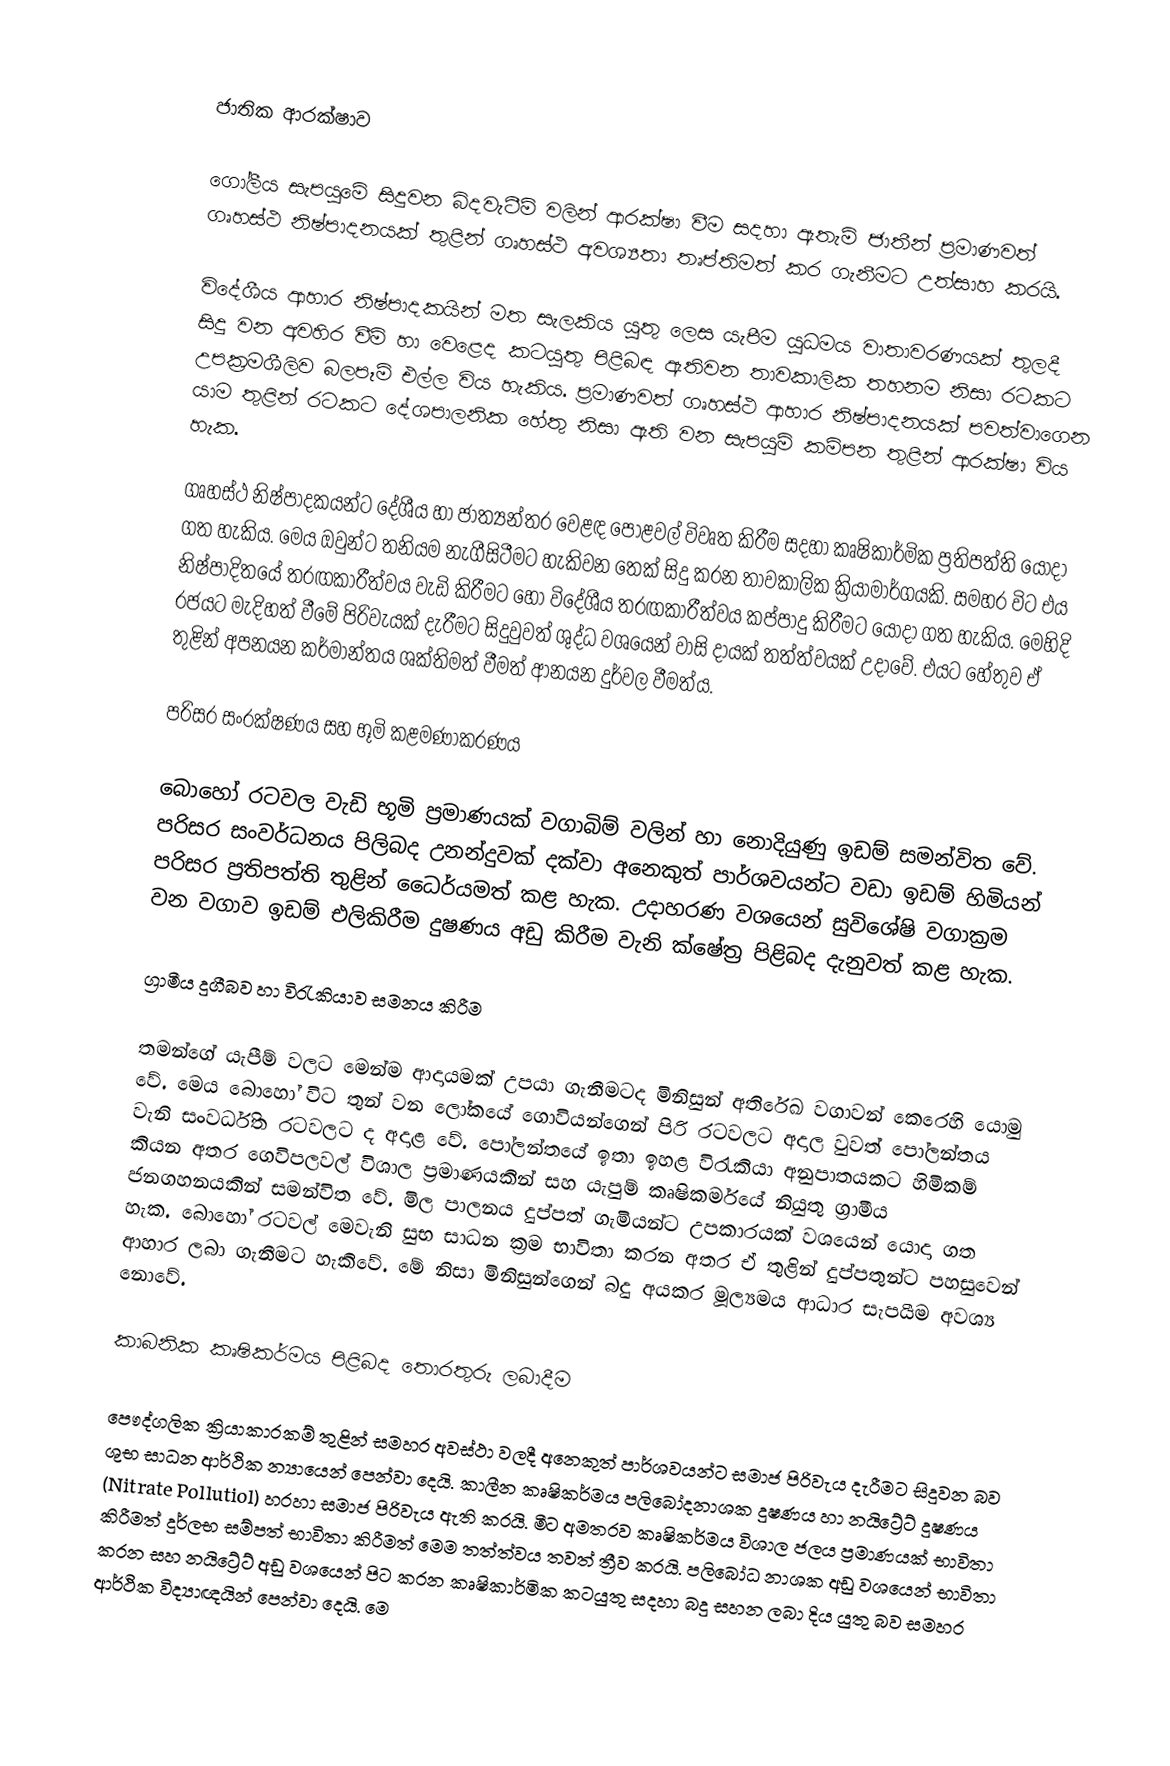

ජාතික ආරක්ෂාව

ගෝලීය සැපයුමේ සිදුවන බිදවැටීම් වලින් ආරක්ෂා වීම සදහා ඇතැම් ජාතීන් ප්‍රමාණවත් ගෘහස්ථ නිෂ්පාදනයක් තුළින් ගෘහස්ථ අවශ්‍යතා තෘප්තිමත් කර ගැනීමට උත්සාහ කරයි.

විදේශීය ආහාර නිෂ්පාදකයින් මත සැලකිය යුතු ලෙස යැපීම යුධමය වාතාවරණයක් තුලදී සිදු වන අවහිර වීම් හා වෙළෙද කටයුතු පිළිබඳ ඇතිවන තාවකාලික තහනම නිසා රටකට උපක්‍රමශීලිව බලපෑම් එල්ල විය හැකිය. ප්‍රමාණවත් ගෘහස්ථ ආහාර නිෂ්පාදනයක් පවත්වාගෙන යාම තුළින් රටකට දේශපාලනික හේතු නිසා ඇති වන සැපයුම් කම්පන තුළින් ආරක්ෂා විය හැක.

ගෘහස්ථ නිෂ්පාදකයන්ට දේශීය හා ජාත්‍යන්තර වෙළඳ පොළවල් විවෘත කිරීම සදහා කෘෂිකාර්මික ප්‍රතිපත්ති යොදා ගත හැකිය. මෙය ඔවුන්ට තනියම නැගීසිටීමට හැකිවන තෙක් සිදු කරන තාවකාලික ක්‍රියාමාර්ගයකි. සමහර විට එය නිෂ්පාදිතයේ තරඟකාරීත්වය වැඩි කිරීමට හෝ විදේශීය තරඟකාරීත්වය කප්පාදු කිරීමට යොදා ගත හැකිය. මෙහිදි රජයට මැදිහත් වීමේ පිරිවැයක් දැරීමට සිදුවුවත් ශුද්ධ වශයෙන් වාසි දායක් තත්ත්වයක් උදාවේ. එයට හේතුව ඒ තුළින් අපනයන කර්මාන්තය ශක්තිමත් වීමත් ආනයන දුර්වල වීමත්ය.

පරිසර සංරක්ෂණය සහ භූමි කළමණාකරණය

බොහෝ රටවල වැඩි භූමි ප්‍රමාණයක් වගාබිම් වලින් හා නොදියුණු ඉඩම් සමන්විත වේ. පරිසර සංවර්ධනය පිලිබද උනන්දුවක් දක්වා අනෙකුත් පාර්ශවයන්ට වඩා ඉඩම් හිමියන් පරිසර ප්‍රතිපත්ති තුළින් ධෛර්යමත් කළ හැක. උදාහරණ වශයෙන් සුවිශේෂි වගාක්‍රම වන වගාව ඉඩම් එලිකිරීම දුෂණය අඩු කිරීම වැනි ක්ෂේත්‍ර පිළිබද දැනුවත් කළ හැක.

ග්‍රාමීය දුගීබව හා විරැකියාව සමනය කිරීම

තමන්ගේ යැපීම් වලට මෙන්ම ආදායමක් උපයා ගැනීමටද මිනිසුන් අතිරේඛ වගාවන් කෙරෙහි යොමු වේ. මෙය බොහෝ විට තුන් වන ලෝකයේ ගොවියන්ගෙන් පිරි රටවලට අදාල වුවත් පෝලන්තය වැනි සංවර්ධිත රටවලට ද අදාළ වේ. පෝලන්තයේ ඉතා ඉහළ විරැකියා අනුපාතයකට හිමිකම් කියන අතර ගෙවිපලවල් විශාල ප්‍රමාණයකින් සහ යැපුම් කෘෂිකර්මයේ නියුතු ග්‍රාමීය ජනගහනයකින් සමන්විත වේ. මිල පාලනය දුප්පත් ගැමියන්ට උපකාරයක් වශයෙන් යොදා ගත හැක. බොහෝ රටවල් මෙවැනි සුභ සාධන ක්‍රම භාවිතා කරන අතර ඒ තුළින් දුප්පතුන්ට පහසුවෙන් ආහාර ලබා ගැනීමට හැකිවේ. මේ නිසා මිනිසුන්ගෙන් බදු අයකර මූල්‍යමය ආධාර සැපයීම අවශ්‍ය නොවේ.

කාබනික කෘෂිකර්මය පිළිබද තොරතුරු ලබාදීම

පෞද්ගලික ක්‍රියාකාරකම් තුළින් සමහර අවස්ථා වලදී අනෙකුත් පාර්ශවයන්ට සමාජ පිරිවැය දැරීමට සිදුවන බව ශුභ සාධන ආර්ථික න්‍යායෙන් පෙන්වා දෙයි. කාලීන කෘෂිකර්මය පලිබෝදනාශක දුෂණය හා නයිට්‍රේට් දුෂණය (Nitrate Pollutiol) හරහා සමාජ පිරිවැය ඇති කරයි. මීට අමතරව කෘෂිකර්මය විශාල ජලය  ප්‍රමාණයක් භාවිතා කිරීමත් දුර්ලභ සම්පත් භාවිතා කිරීමත් මෙම තත්ත්වය තවත් ත්‍රීව කරයි. පලිබෝධ නාශක අඩු වශයෙන් භාවිතා කරන සහ නයිට්‍රේට් අඩු වශයෙන් පිට කරන කෘෂිකාර්මික කටයුතු සදහා බදු සහන ලබා දිය යුතු බව සමහර ආර්ථික විද්‍යාඥයින් පෙන්වා දෙයි. මෙ